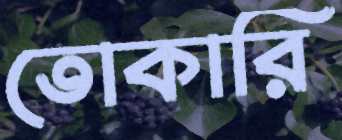
তোকারি